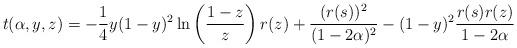
LaTeX: \begin{align*}t(\alpha,y,z)=-\frac{1}{4}y(1-y)^2\ln \left(\frac{1-z}{z}\right)r(z)+\frac{(r(s))^2}{(1-2\alpha)^2}-(1-y)^2\frac{r(s)r(z)}{1-2\alpha}\end{align*}